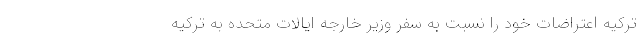
ترکیه اعتراضات خود را نسبت به سفر وزیر خارجه ایالات متحده به ترکیه